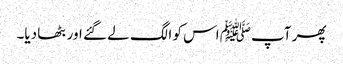
پھر آپﷺ اس کو الگ لے گئے اور بٹھا دیا۔